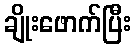
ချိုးဖောက်ပြီး